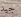
جيد